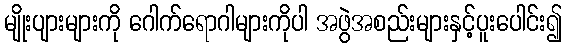
မျိုးပျားများကို ဂေါက်ရောဂါများကိုပါ အဖွဲအစည်းများနှင့်ပူးပေါင်း၍